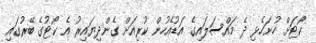
ކޯޓަށް ހުށަހެޅި ދެ މައްސަލައިގެ އަޑުއެހުން ކުރިއަށް ގެންދިޔައިރު އެ ކޯޓުގެ ބޭރުގައި